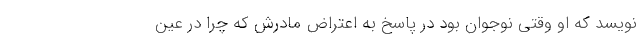
‌نویسد که او وقتی نوجوان بود در پاسخ به اعتراض مادرش که چرا در عین